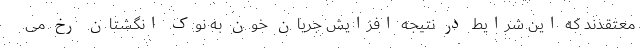
معتقدند که این شرایط در نتیجه افزایش جریان خون به نوک انگشتان رخ می